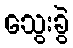
သွေးခွဲ